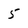
Character: 5